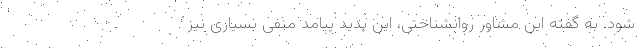
شود. به گفته این مشاور روانشناختی، این پدید پیامد منفی بسیاری نیز